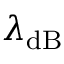
\lambda _ { \mathrm { d B } }